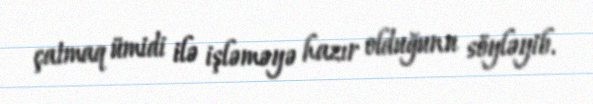
çatmaq ümidi ilə işləməyə hazır olduğunu söyləyib.